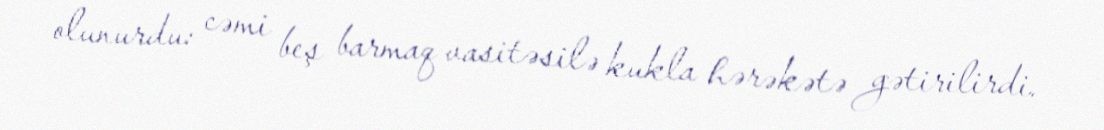
olunurdu: cəmi beş barmaq vasitəsilə kukla hərəkətə gətirilirdi.